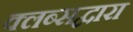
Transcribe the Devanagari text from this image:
क्लब्सद्वारा